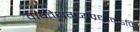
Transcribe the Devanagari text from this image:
वाग्वैधग्ध्यप्रधानेऽपि